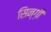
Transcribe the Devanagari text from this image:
सिन्ग़ी